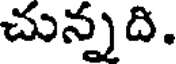
చున్నది.